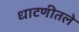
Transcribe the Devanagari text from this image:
धाटणीतले